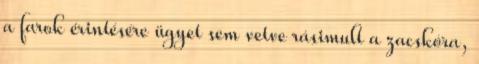
a farok érintésére ügyet sem vetve rásimult a zacskóra,